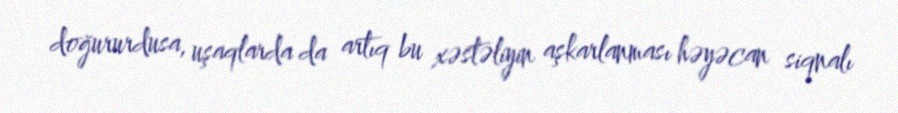
doğururdusa, uşaqlarda da artıq bu xəstəliyin aşkarlanması həyəcan siqnalı